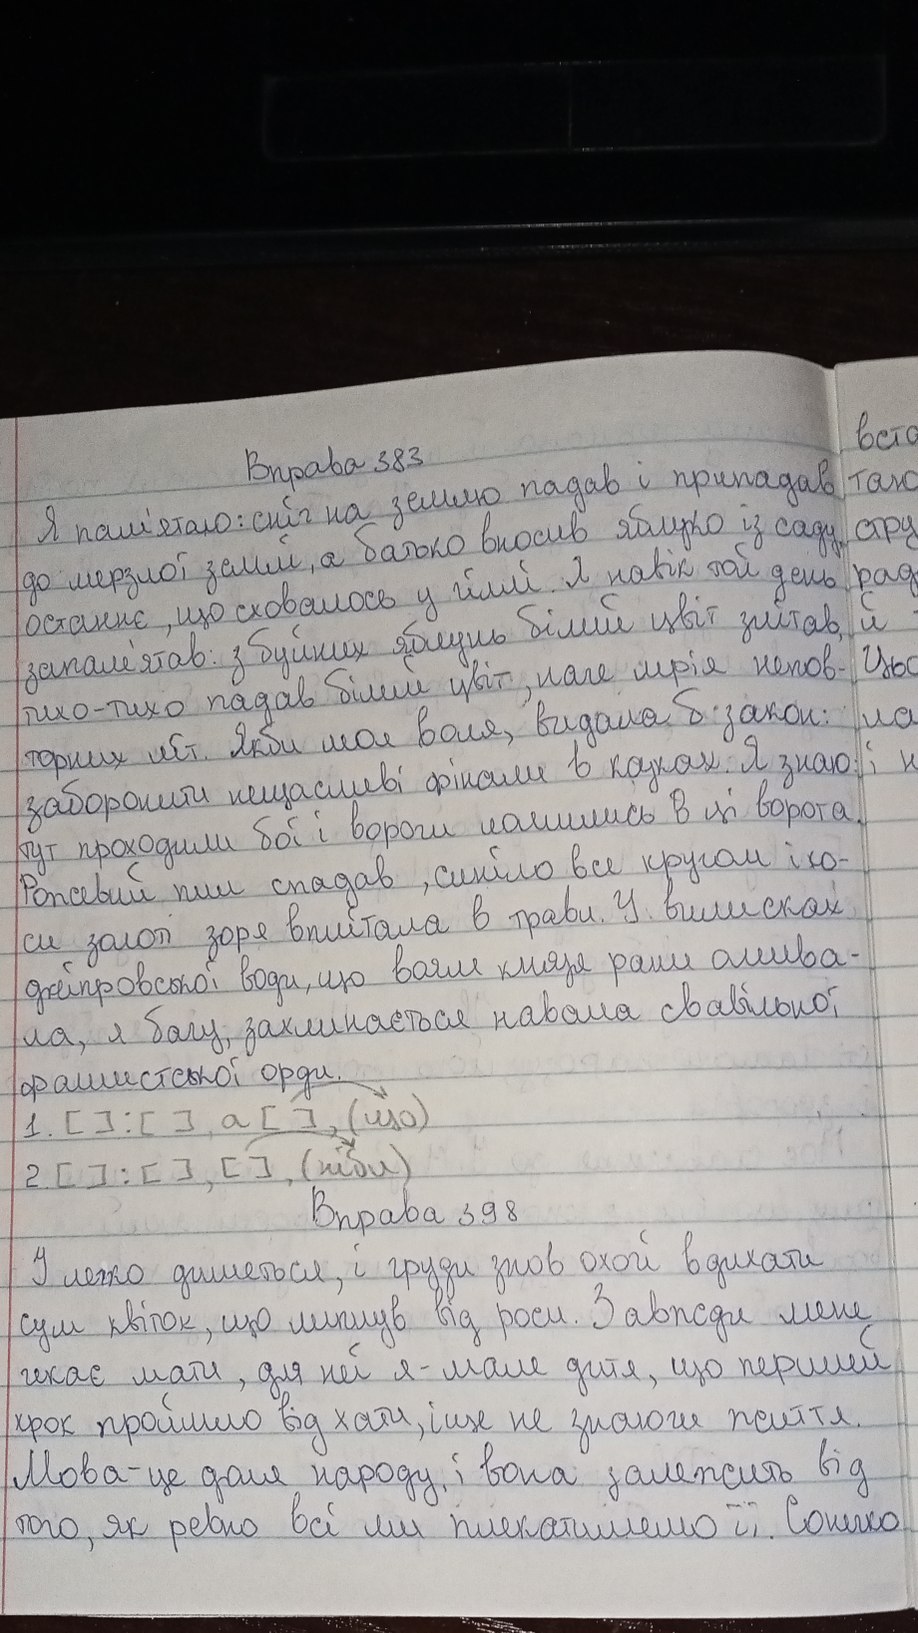
Вправа 383
Я пам'ятаю: сніг на землю падав і припадав
до мерзлої землі, а батько вносив яблуко із саду
останнє, що сховалось у гіллі. Я навік той день
запам'ятав: з буйних яблунь білий цвіт злітав
тихо-тихо падав білий цвіт, наче мрія непов-
торних літ. Якби моя воля, видала б закон:
заборонити нещасливі фінали в казках. Я знаю
тут проходили бої і вороги молились в ці ворота.
Рожевий пил спадав, синіло все кругом і ко-
си золоті зоря вплітала в трави. У вилисках
дніпровської води, що воям князя рани омиво-
ла, я бачу, захлинається навала свавільної
фашистської орди.
1. [ ] : [ ], a [ ], (u0)
2. [ ] : [ ], [ ], (ніби)
Вправа 398
І легко дишеться, і груди знов охочі вдихати
сум квіток, що липнув від роси. Завжди мене
чекає мати, для неї я - мале дитя, що перший
крок пройшло від хати, іще не знаючи життя.
Мова - це доля народу, і вона залежить від
того, як ревно всі ми плекатимемо її. Сонечко